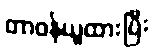
တာဝန်ယူထားပြီး